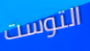
التوست